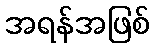
အရန်အဖြစ်